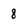
Character: 8